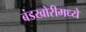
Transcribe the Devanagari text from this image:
बंडखोरीमध्ये